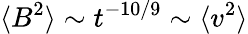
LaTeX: \langle B^{2}\rangle\sim t^{-10/9}\sim\langle v^{2}\rangle